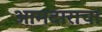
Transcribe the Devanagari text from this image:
आमदाराचा